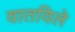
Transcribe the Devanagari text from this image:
वातविले